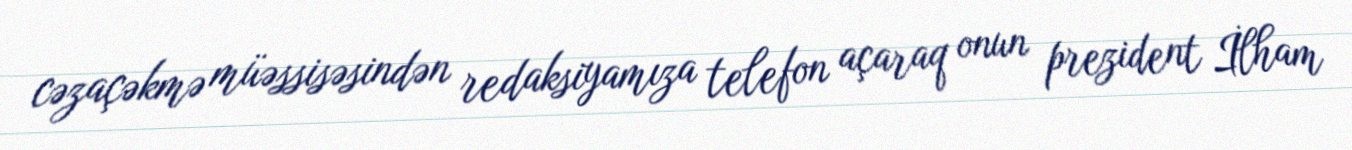
cəzaçəkmə müəssisəsindən redaksiyamıza telefon açaraq onun prezident İlham